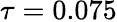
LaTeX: \tau=0.075